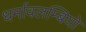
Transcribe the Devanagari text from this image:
धर्मावलम्बियो